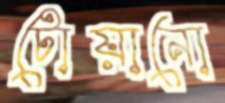
টোয়ানো